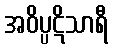
အဝိပ္ပဋိသာရီ